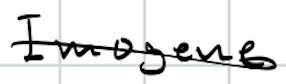
Text: Imogene
Cross-out: mix
Writing tool: digital_black